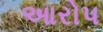
આરોપ